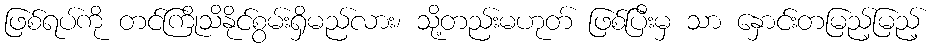
ဖြစ်ရပ်ကို တင်ကြိုသိနိုင်စွမ်းရှိမည်လား၊ သို့တည်းမဟုတ် ဖြစ်ပြီးမှ သာ နှောင်းတမြည့်မြည့်